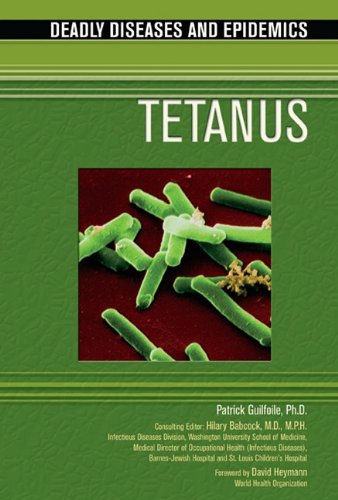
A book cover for Tetanus (Deadly Diseases and Epidemics); Patrick, Ph.D. Guilfoile; Teen & Young Adult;